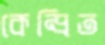
কেন্দ্রিত